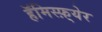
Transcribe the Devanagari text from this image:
हॅमिस्फ़्येर